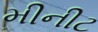
મીનીટ